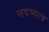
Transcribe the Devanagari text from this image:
सदष्यत्व